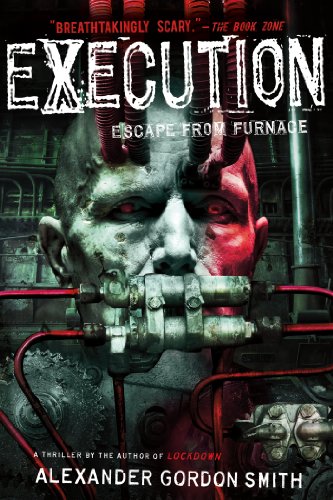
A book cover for Execution: Escape from Furnace 5; Alexander Gordon Smith; Teen & Young Adult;